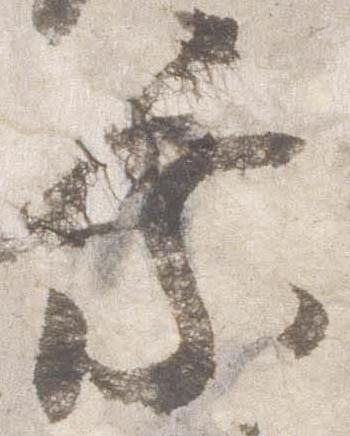
乗